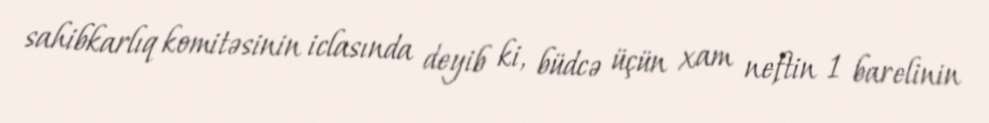
sahibkarlıq komitəsinin iclasında deyib ki, büdcə üçün xam neftin 1 barelinin